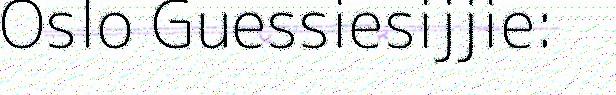
Oslo Guessiesijjie: